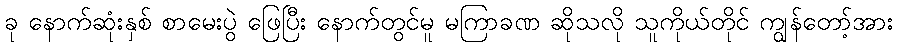
ခု နောက်ဆုံးနှစ် စာမေးပွဲ ဖြေပြီး နောက်တွင်မူ မကြာခဏ ဆိုသလို သူကိုယ်တိုင် ကျွန်တော့်အား